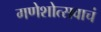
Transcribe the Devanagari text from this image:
गणेशोत्सवाचं